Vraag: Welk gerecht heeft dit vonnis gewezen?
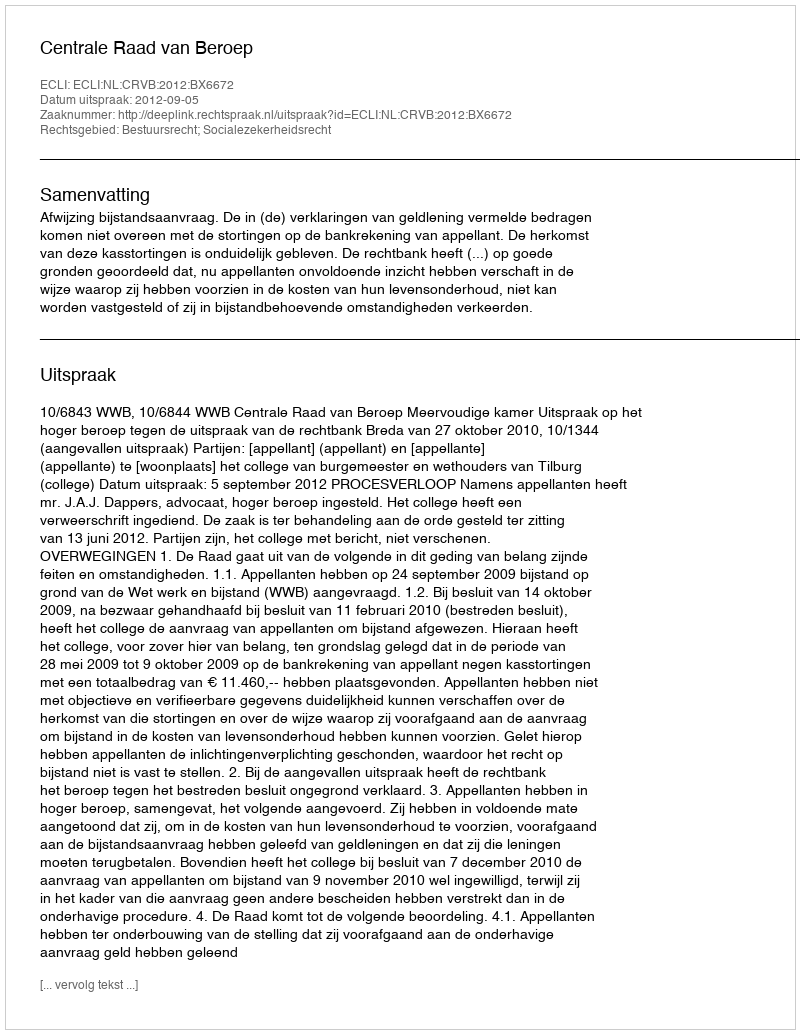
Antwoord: Centrale Raad van Beroep